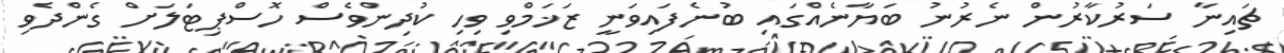
ޗައިނާ ސަރުކާރުން ނެރުނު ބަޔާނެއްގައި ބުނެފައިވަނީ ޒަޚަމްވި ވިހި ކުދިންވެސް ހޮސްޕިޓަލަށް ގެންދެވި